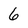
Character: 6